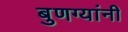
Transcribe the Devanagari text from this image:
बुणग्यांनी